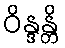
ဝိန္ဒန္တိ